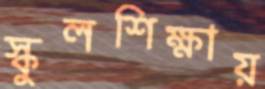
স্কুলশিক্ষায়